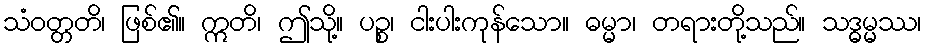
သံဝတ္တတိ၊ ဖြစ်၏။ ဣတိ၊ ဤသို့။ ပဉ္စ၊ ငါးပါးကုန်သော။ ဓမ္မာ၊ တရားတို့သည်။ သဒ္ဓမ္မဿ၊